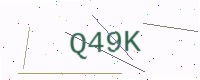
Text: Q49K